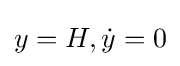
y=H,{\dot {y}}=0